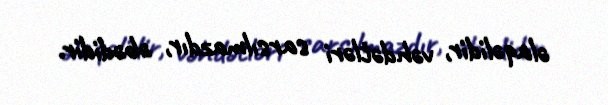
əlaqəlidir, vəhdətləri sarsılmazdır, əbədidir.